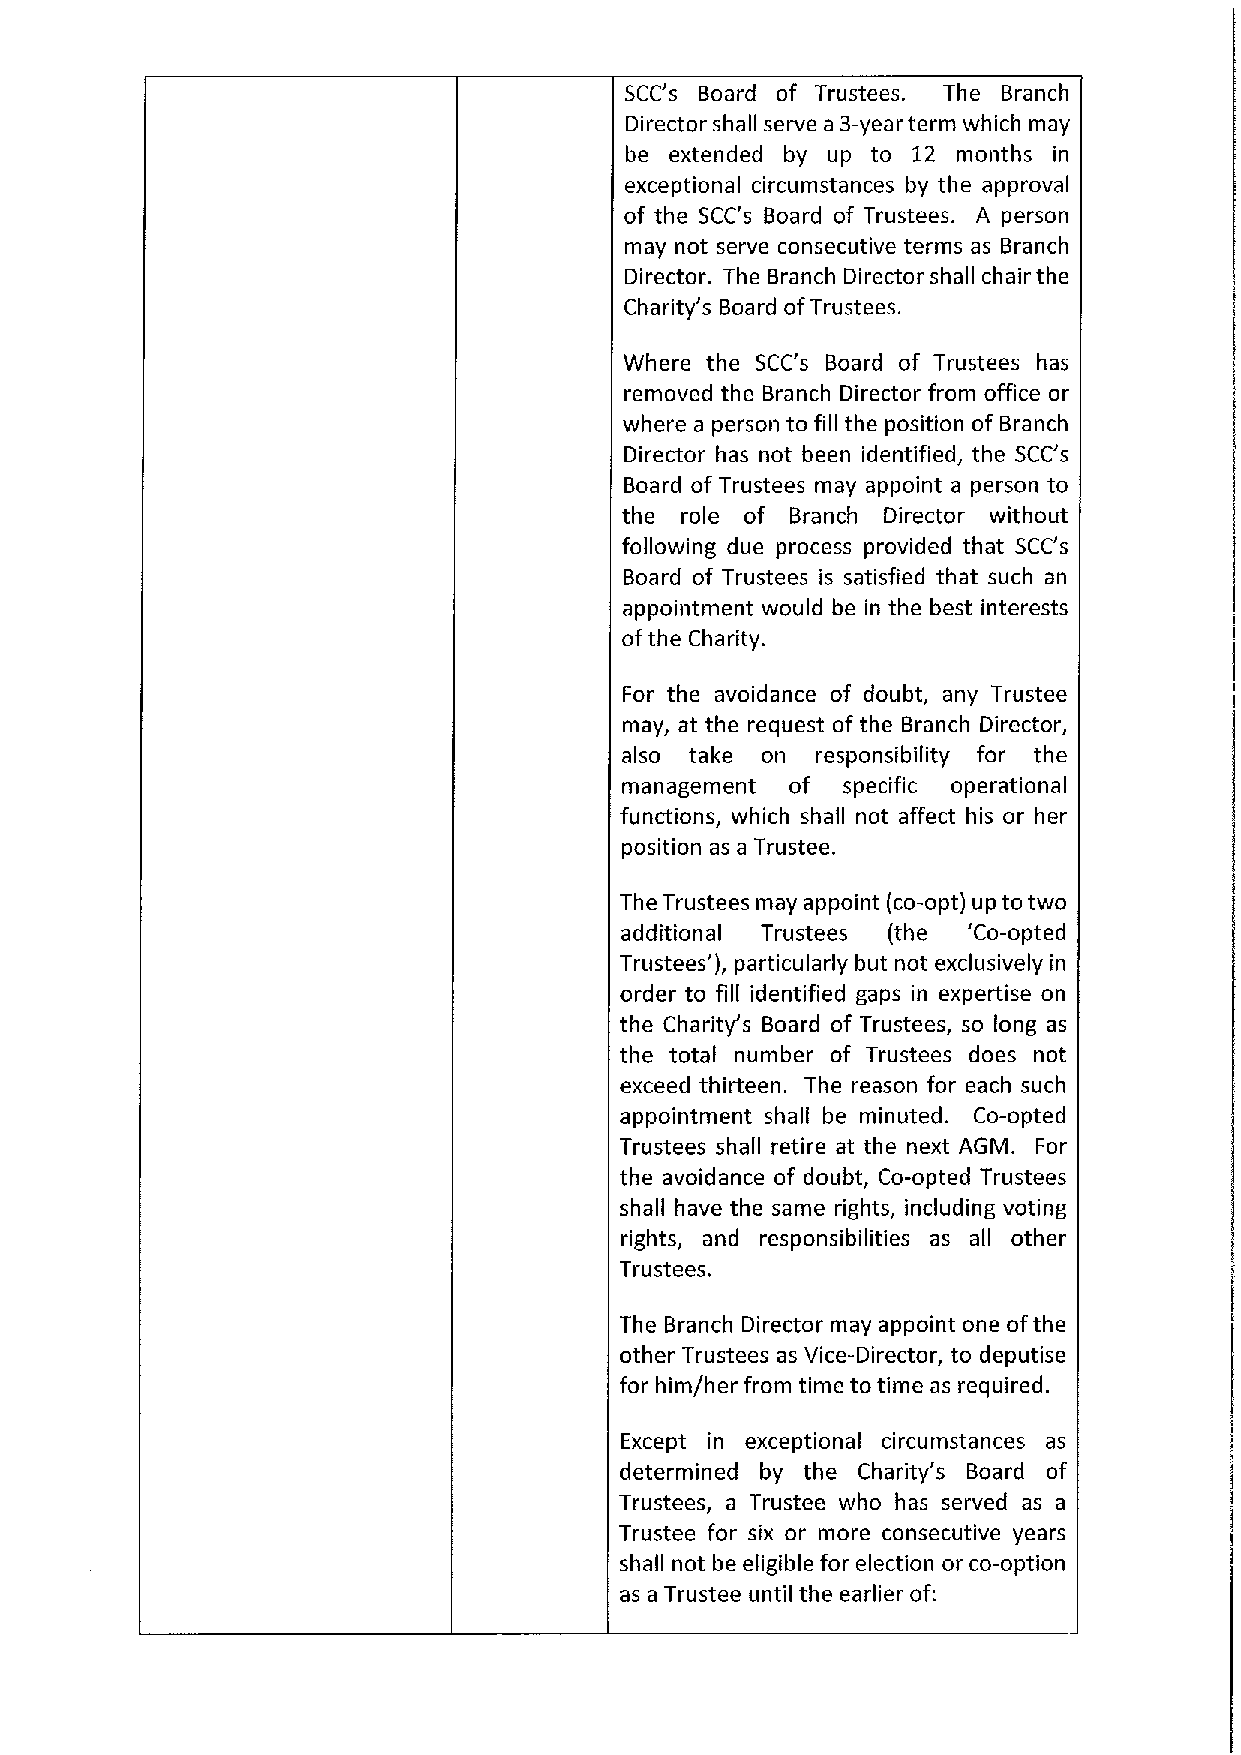
SCC's Board of Trustees. The Branch
 Director shall serve a 3-year term which may
 be extended by up to 12 months in
 exceptional circumstances by the approval
 of the SCC's Board of Trustees. A person
 may not serve consecutive terms as Branch
 Director. The Branch Director shall chair the
 Charity's Board ofTrustees.
 Where the SCC's Board of Trustees has
 removed the Branch Director from office or
 where a person to fill the position of Branch
 Director has not been identified, the SCC's
 Board of Trustees may appoint a person to
 the role of Branch Director without
 following due process provided that SCC's
 Board of Trustees is satisfied that such an
 appointment would be in the best interests
 ofthe Charity.
 For the avoidance of doubt, any Trustee
 may, at the request of the Branch Director,
 also take on responsibility for the
 management of  specific operational
 functions, which shall not affect his or her
 position as a Trustee.
 The Trustees may appoint (co-opt) up to two
 additional Trustees (the 'Co-opted
 Trustees' ), particularly but not exclusively in
 order to fill identified gaps in expertise on
 the Charity's Board of Trustees, so long as
 the total number of Trustees does not
 exceed thirteen. The reason for each such
 appointment shall be minuted. Co-opted
 Trustees shall retire at the next AGM. For
 the avoidance of doubt, Co-opted Trustees
 shall have the same rights, including voting
 rights, and responsibilities as all other
 Trustees.
 The Branch Director may appoint one ofthe
 other Trustees as Vice-Director, to deputise
 for him/her from time to time as required.
 Except in exceptional circumstances as
 determined by the Charity's Board of
 Trustees, a Trustee who has served as a
 Trustee for six or more consecutive years
 shall not be eligible for election or co-option
 as a Trustee until the earlier of: